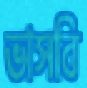
ভাসবি